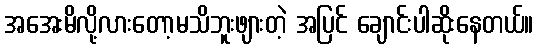
အအေးမိလို့လားတော့မသိဘူးဖျားတဲ့ အပြင် ချောင်းပါဆိုးနေတယ်။